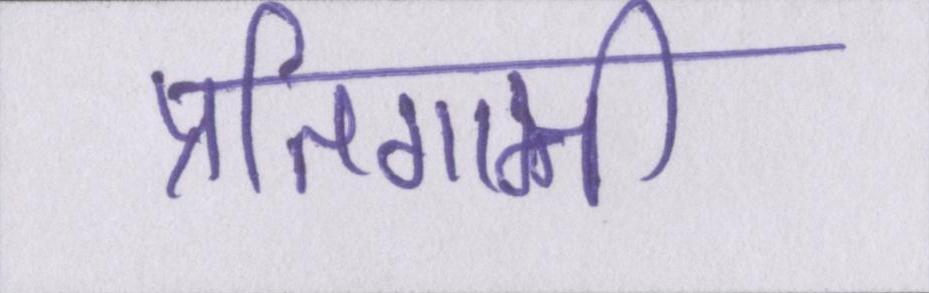
प्रतिगामी